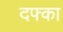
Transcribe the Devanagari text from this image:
दफ्का